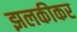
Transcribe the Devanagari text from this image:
झलकीकर